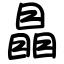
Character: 瞐